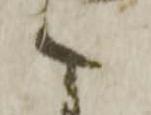
こ